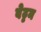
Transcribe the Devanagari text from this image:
वेट्टम